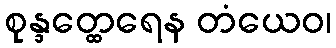
စုန္ဒတ္ထေရေန တံယေဝ၊